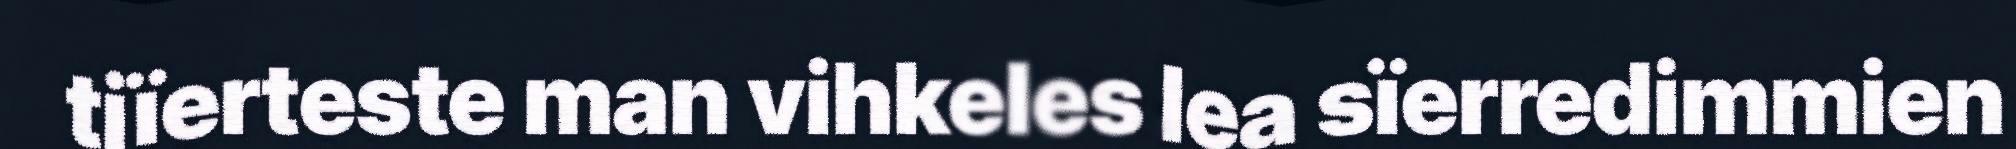
tjïerteste man vihkeles lea sïerredimmien